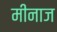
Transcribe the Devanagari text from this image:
मीनाज